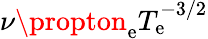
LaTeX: \nu\propton_{\mathrm{e}}T_{\mathrm{e}}^{-3/2}